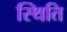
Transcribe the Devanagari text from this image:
स्थिति